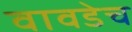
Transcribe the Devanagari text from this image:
वावडेच